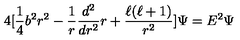
4 [ \frac { 1 } { 4 } b ^ { 2 } r ^ { 2 } - \frac { 1 } { r } \frac { d ^ { 2 } } { d r ^ { 2 } } r + \frac { \ell ( \ell + 1 ) } { r ^ { 2 } } ] \Psi = E ^ { 2 } \Psi